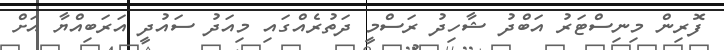
ފޮރިން މިނިސްޓަރު އަބްދު ޝާހިދު ރަސްމީ ދަތުރެއްގައި މިއަދު ސައުދީ އަރަބިއްޔާ އަށް